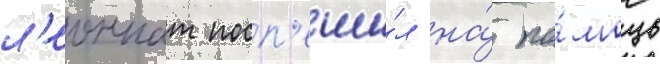
л'еоннат посп'еши́л на́ по́мощь